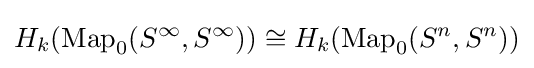
H_{k}(\operatorname {Map} _{0}(S^{\infty },S^{\infty }))\cong H_{k}(\operatorname {Map} _{0}(S^{n},S^{n}))